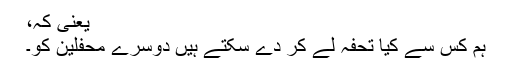
یعنی کہ،
ہم کس سے کیا تحفہ لے کر دے سکتے ہیں دوسرے محفلین کو۔